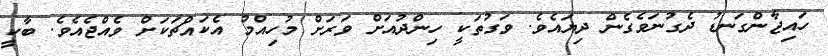
ހައިޖާންގަނޑު ދެގުނަވެގެން ދިޔައެވެ. ވަގުތަކީ ހިންދުއަށް ވަރަށް މުހިއްމު އެކައްޗަކަށް ވެއްޖެއެވެ. ބާކީ